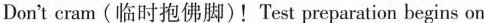
Don't cram(临时抱佛脚)!Test preparation begins on